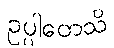
ဥပ္ပါတေသိ